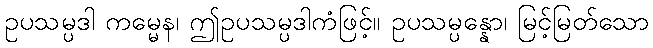
ဥပသမ္ပဒါ ကမ္မေန၊ ဤဥပသမ္ပဒါကံဖြင့်။ ဥပသမ္ပန္နော၊ မြင့်မြတ်သော